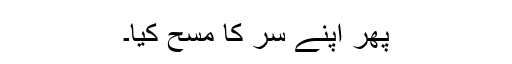
پھر اپنے سر کا مسح کیا۔